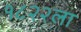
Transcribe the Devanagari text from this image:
१८२२ला